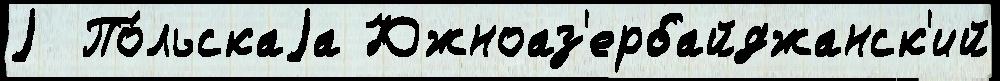
j  По́льскаjа Южноаз'ербайджанск'ий